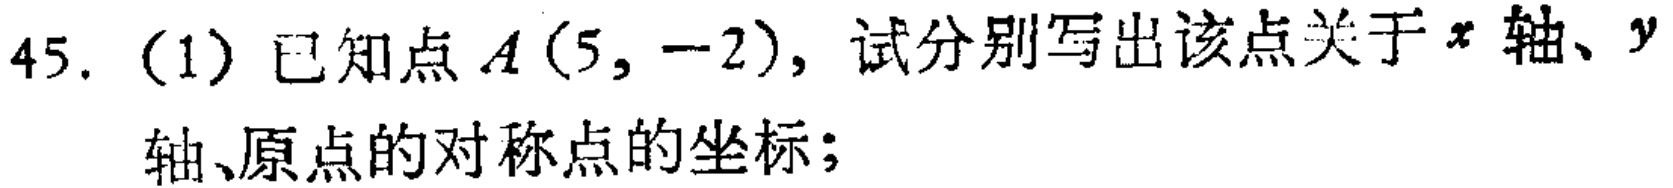
45. (1) 已知点$A(5, -2)$，试分别写出该点关于$x$轴、$y$轴、原点的对称点的坐标；